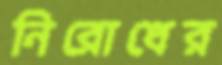
নিরোধের